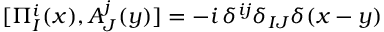
[ \Pi _ { I } ^ { i } ( x ) , A _ { J } ^ { j } ( y ) ] = - i \, \delta ^ { i j } \delta _ { I J } \delta ( x - y )